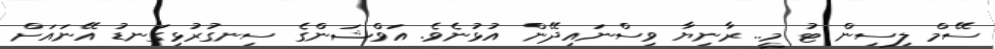
ސޭމް ލިސިން ޓު މީ.. ރާނިޔާ ވިސްނައިދޭން އުޅުނެވެ. އަވްޝަންގެ ސިނގުރުޅިގަނޑު އޭނައަށް